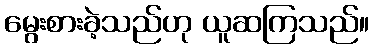
မွေးစားခဲ့သည်ဟု ယူဆကြသည်။